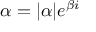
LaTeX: \alpha = | \alpha | e ^ { \beta i }